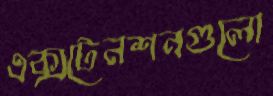
এক্সটেনশনগুলো